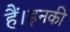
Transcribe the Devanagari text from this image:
हैं।इनकी